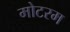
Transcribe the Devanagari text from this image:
मोटरम